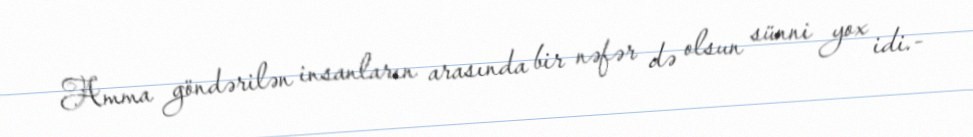
Amma göndərilən insanların arasında bir nəfər də olsun sünni yox idi.-